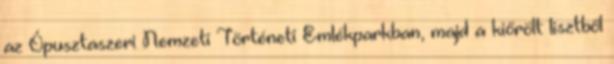
az Ópusztaszeri Nemzeti Történeti Emlékparkban, majd a kiőrölt lisztből